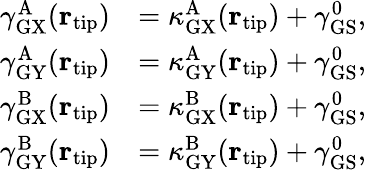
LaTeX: \begin{array}{rl}{\gamma_{\mathrm{GX}}^{\mathrm{A}}({\mathbf r}_{\mathrm{tip}})}&{=\kappa_{\mathrm{GX}}^{\mathrm{A}}({\mathbf r}_{\mathrm{tip}})+\gamma_{\mathrm{GS}}^{0},}\\ {\gamma_{\mathrm{GY}}^{\mathrm{A}}({\mathbf r}_{\mathrm{tip}})}&{=\kappa_{\mathrm{GY}}^{\mathrm{A}}({\mathbf r}_{\mathrm{tip}})+\gamma_{\mathrm{GS}}^{0},}\\ {\gamma_{\mathrm{GX}}^{\mathrm{B}}({\mathbf r}_{\mathrm{tip}})}&{=\kappa_{\mathrm{GX}}^{\mathrm{B}}({\mathbf r}_{\mathrm{tip}})+\gamma_{\mathrm{GS}}^{0},}\\ {\gamma_{\mathrm{GY}}^{\mathrm{B}}({\mathbf r}_{\mathrm{tip}})}&{=\kappa_{\mathrm{GY}}^{\mathrm{B}}({\mathbf r}_{\mathrm{tip}})+\gamma_{\mathrm{GS}}^{0},}\end{array}